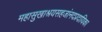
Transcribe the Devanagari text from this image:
महासुखाश्रयसहजांनदप्रदायिका